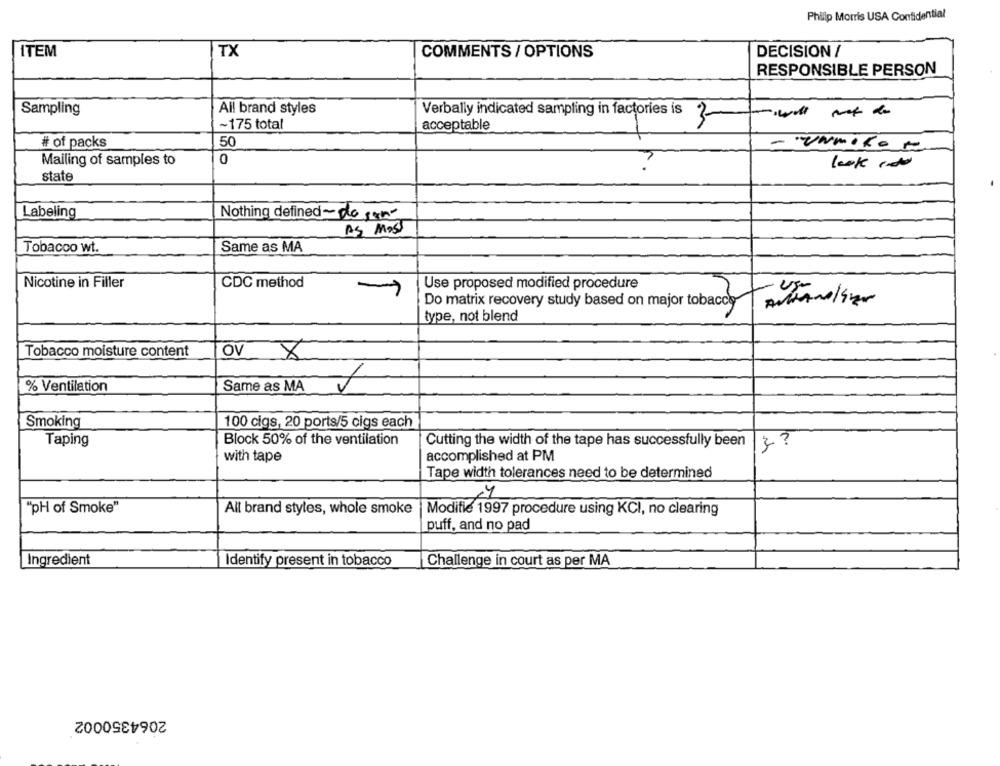
Philip Morris USA Confidential
ITEM
TX
DECISION /
COMMENTS / OPTIONS
RESPONSIBLE PERSON
Sampling
All brand styles
Verbally indicated sampling in factories is 2-
~175 total
acceptable
# of packs
50
- UNmoker
Mailing of samples to
0
look cdu
state
Labeling
Nothing defined~do sam
AS Moss
Tobacco wt.
Same as MA
Nicotine in Filler
CDC method
-
Use proposed modified procedure
Do matrix recovery study based on major tobaccy
type, not blend
Tobacco moisture content
OV
M
% Ventilation
Same as MA
Smoking
100 cigs, 20 ports/5 cigs each
Taping
Block 50% of the ventilation
Cutting the width of the tape has successfully been
with tape
accomplished at PM
Tape width tolerances need to be determined
"pH of Smoke"
All brand styles, whole smoke | Modifie 1997 procedure using KCI, no clearing
puff, and no pad
Ingredient
Identify present in tobacco
Challenge in court as per MA
2064350002